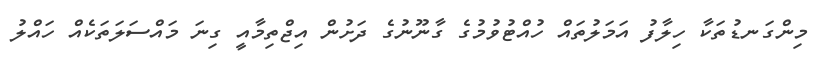
މިންގަނޑުތަކާ ހިލާފު އަމަލުތައް ހުއްޓުވުމުގެ ގާނޫނުގެ ދަށުން އިޖްތިމާއީ ގިނަ މައްސަލަތަކެއް ހައްލު